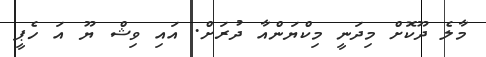
މާލެ ދޫކޮށް މިދަނީ މިކްޔަންއާ ދުރަށް. އައި ވިޝް ޔޫ އަ ހެޕީ